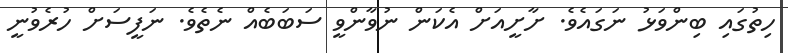
ހިތުގައި ބިންވަޅު ނަގައެވެ. ށާށީއަށް އެކަން ނުވާންވީ ސަބަބެއް ނެތެވެ. ނަފީސަށް ހުރެވުނީ